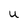
Character: U